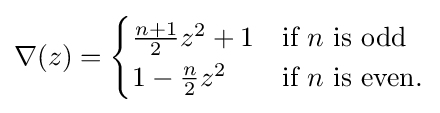
\nabla (z)={\begin{cases}{\frac {n+1}{2}}z^{2}+1&{\text{if }}n{\text{ is odd}}\\1-{\frac {n}{2}}z^{2}&{\text{if }}n{\text{ is even.}}\\\end{cases}}